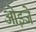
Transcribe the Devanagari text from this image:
ओइजे